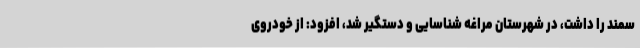
سمند را داشت، در شهرستان مراغه شناسایی و دستگیر شد، افزود: از خودروی